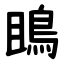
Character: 鴡